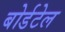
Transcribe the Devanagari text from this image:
बोर्डटेल